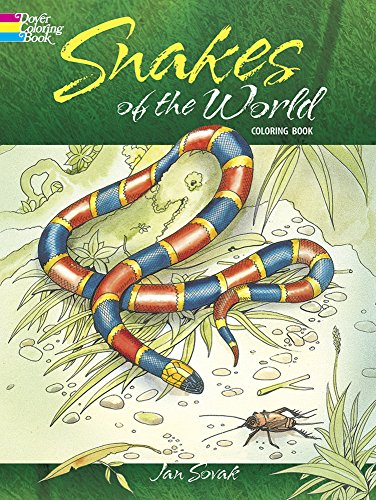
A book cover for Snakes of the World Coloring Book (Dover Nature Coloring Book); Jan Sovak; Children's Books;